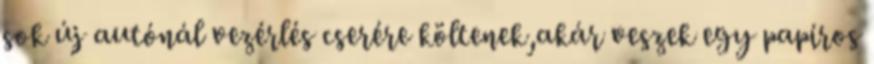
sok új autónál vezérlés cserére költenek,akár veszek egy papíros